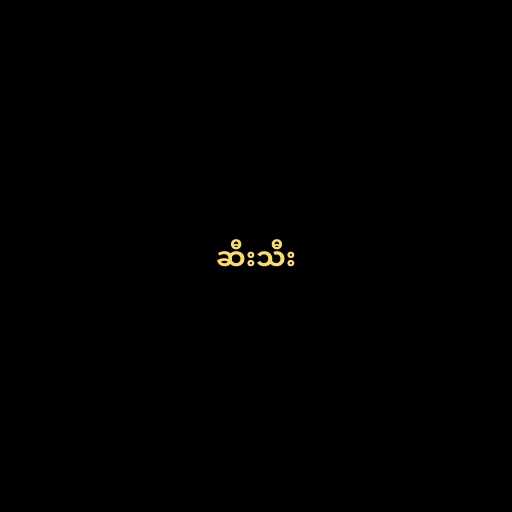
ဆီးသီး